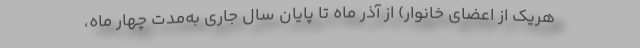
هریک از اعضای خانوار) از آذر ماه تا پایان سال جاری به‌مدت چهار ماه،